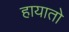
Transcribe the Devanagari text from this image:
हायातो